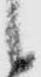
候